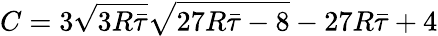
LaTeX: C=3\sqrt{3R\bar{\tau}}\sqrt{27R\bar{\tau}-8}-27R\bar{\tau}+4